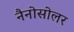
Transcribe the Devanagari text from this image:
नैनोसोलर